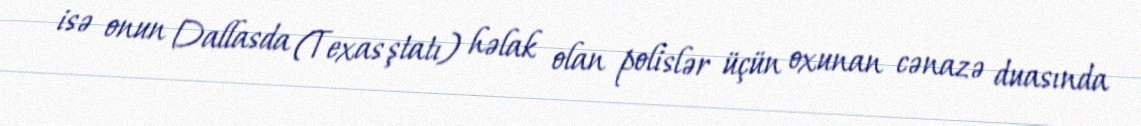
isə onun Dallasda (Texas ştatı) həlak olan polislər üçün oxunan cənazə duasında